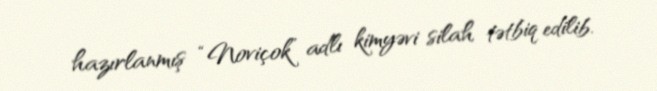
hazırlanmış “Noviçok” adlı kimyəvi silah tətbiq edilib.